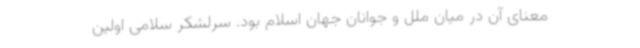
معنای آن در میان ملل و جوانان جهان اسلام بود. سرلشکر سلامی اولین